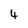
Character: 4